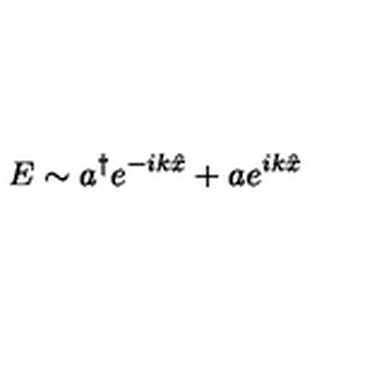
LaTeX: E \sim a ^ { \dagger } e ^ { - i k \hat { x } } + a e ^ { i k \hat { x } }